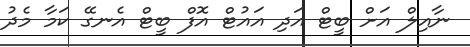
ނާއިލް އަށް ބީޓް އަދި އައުޓް އޮފް ބީޓް އެނގޭ ކަމާ މެދު